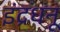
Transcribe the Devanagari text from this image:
इंद्रधनू